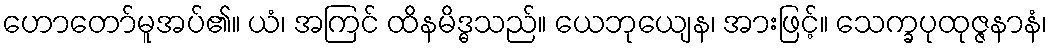
ဟောတော်မူအပ်၏။ ယံ၊ အကြင် ထိနမိဒ္ဓသည်။ ယေဘုယျေန၊ အားဖြင့်။ သေက္ခပုထုဇ္ဇနာနံ၊